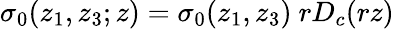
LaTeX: \sigma_{0}(z_{1},z_{3};z)=\sigma_{0}(z_{1},z_{3})\ rD_{c}(rz)